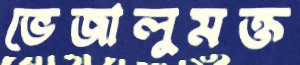
ভেজালুমক্ত